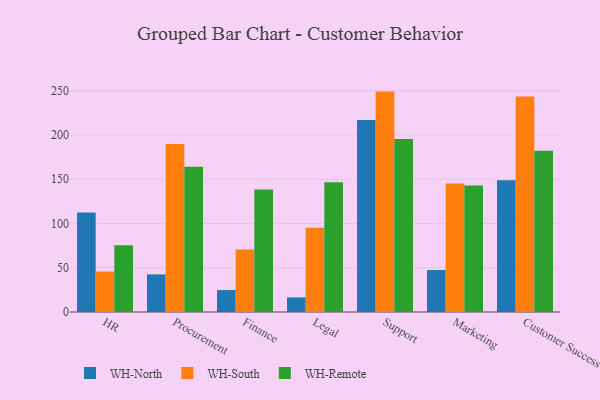
{"axis": {"x": "Department", "y": "Budget (USD K)"}, "legend": ["WH-North", "WH-Remote", "WH-South"], "data": [{"x": "HR", "y": 112.5, "type": "WH-North"}, {"x": "HR", "y": 45.7, "type": "WH-South"}, {"x": "HR", "y": 75.4, "type": "WH-Remote"}, {"x": "Procurement", "y": 42.5, "type": "WH-North"}, {"x": "Procurement", "y": 189.9, "type": "WH-South"}, {"x": "Procurement", "y": 164.2, "type": "WH-Remote"}, {"x": "Finance", "y": 24.8, "type": "WH-North"}, {"x": "Finance", "y": 70.7, "type": "WH-South"}, {"x": "Finance", "y": 138.4, "type": "WH-Remote"}, {"x": "Legal", "y": 16.5, "type": "WH-North"}, {"x": "Legal", "y": 95.3, "type": "WH-South"}, {"x": "Legal", "y": 146.7, "type": "WH-Remote"}, {"x": "Support", "y": 216.9, "type": "WH-North"}, {"x": "Support", "y": 249.1, "type": "WH-South"}, {"x": "Support", "y": 195.4, "type": "WH-Remote"}, {"x": "Marketing", "y": 47.5, "type": "WH-North"}, {"x": "Marketing", "y": 145.3, "type": "WH-South"}, {"x": "Marketing", "y": 143.1, "type": "WH-Remote"}, {"x": "Customer Success", "y": 148.8, "type": "WH-North"}, {"x": "Customer Success", "y": 243.5, "type": "WH-South"}, {"x": "Customer Success", "y": 182.3, "type": "WH-Remote"}]}